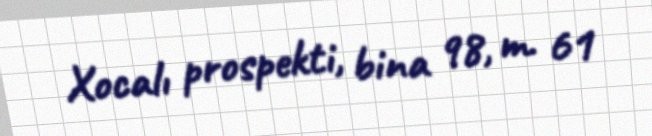
Xocalı prospekti, bina 98, m. 61